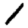
Digit: 1